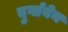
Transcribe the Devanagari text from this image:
दुर्गाबेन